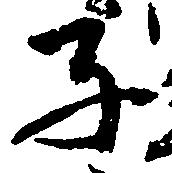
子